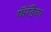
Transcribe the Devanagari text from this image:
फॅरॅडेचा